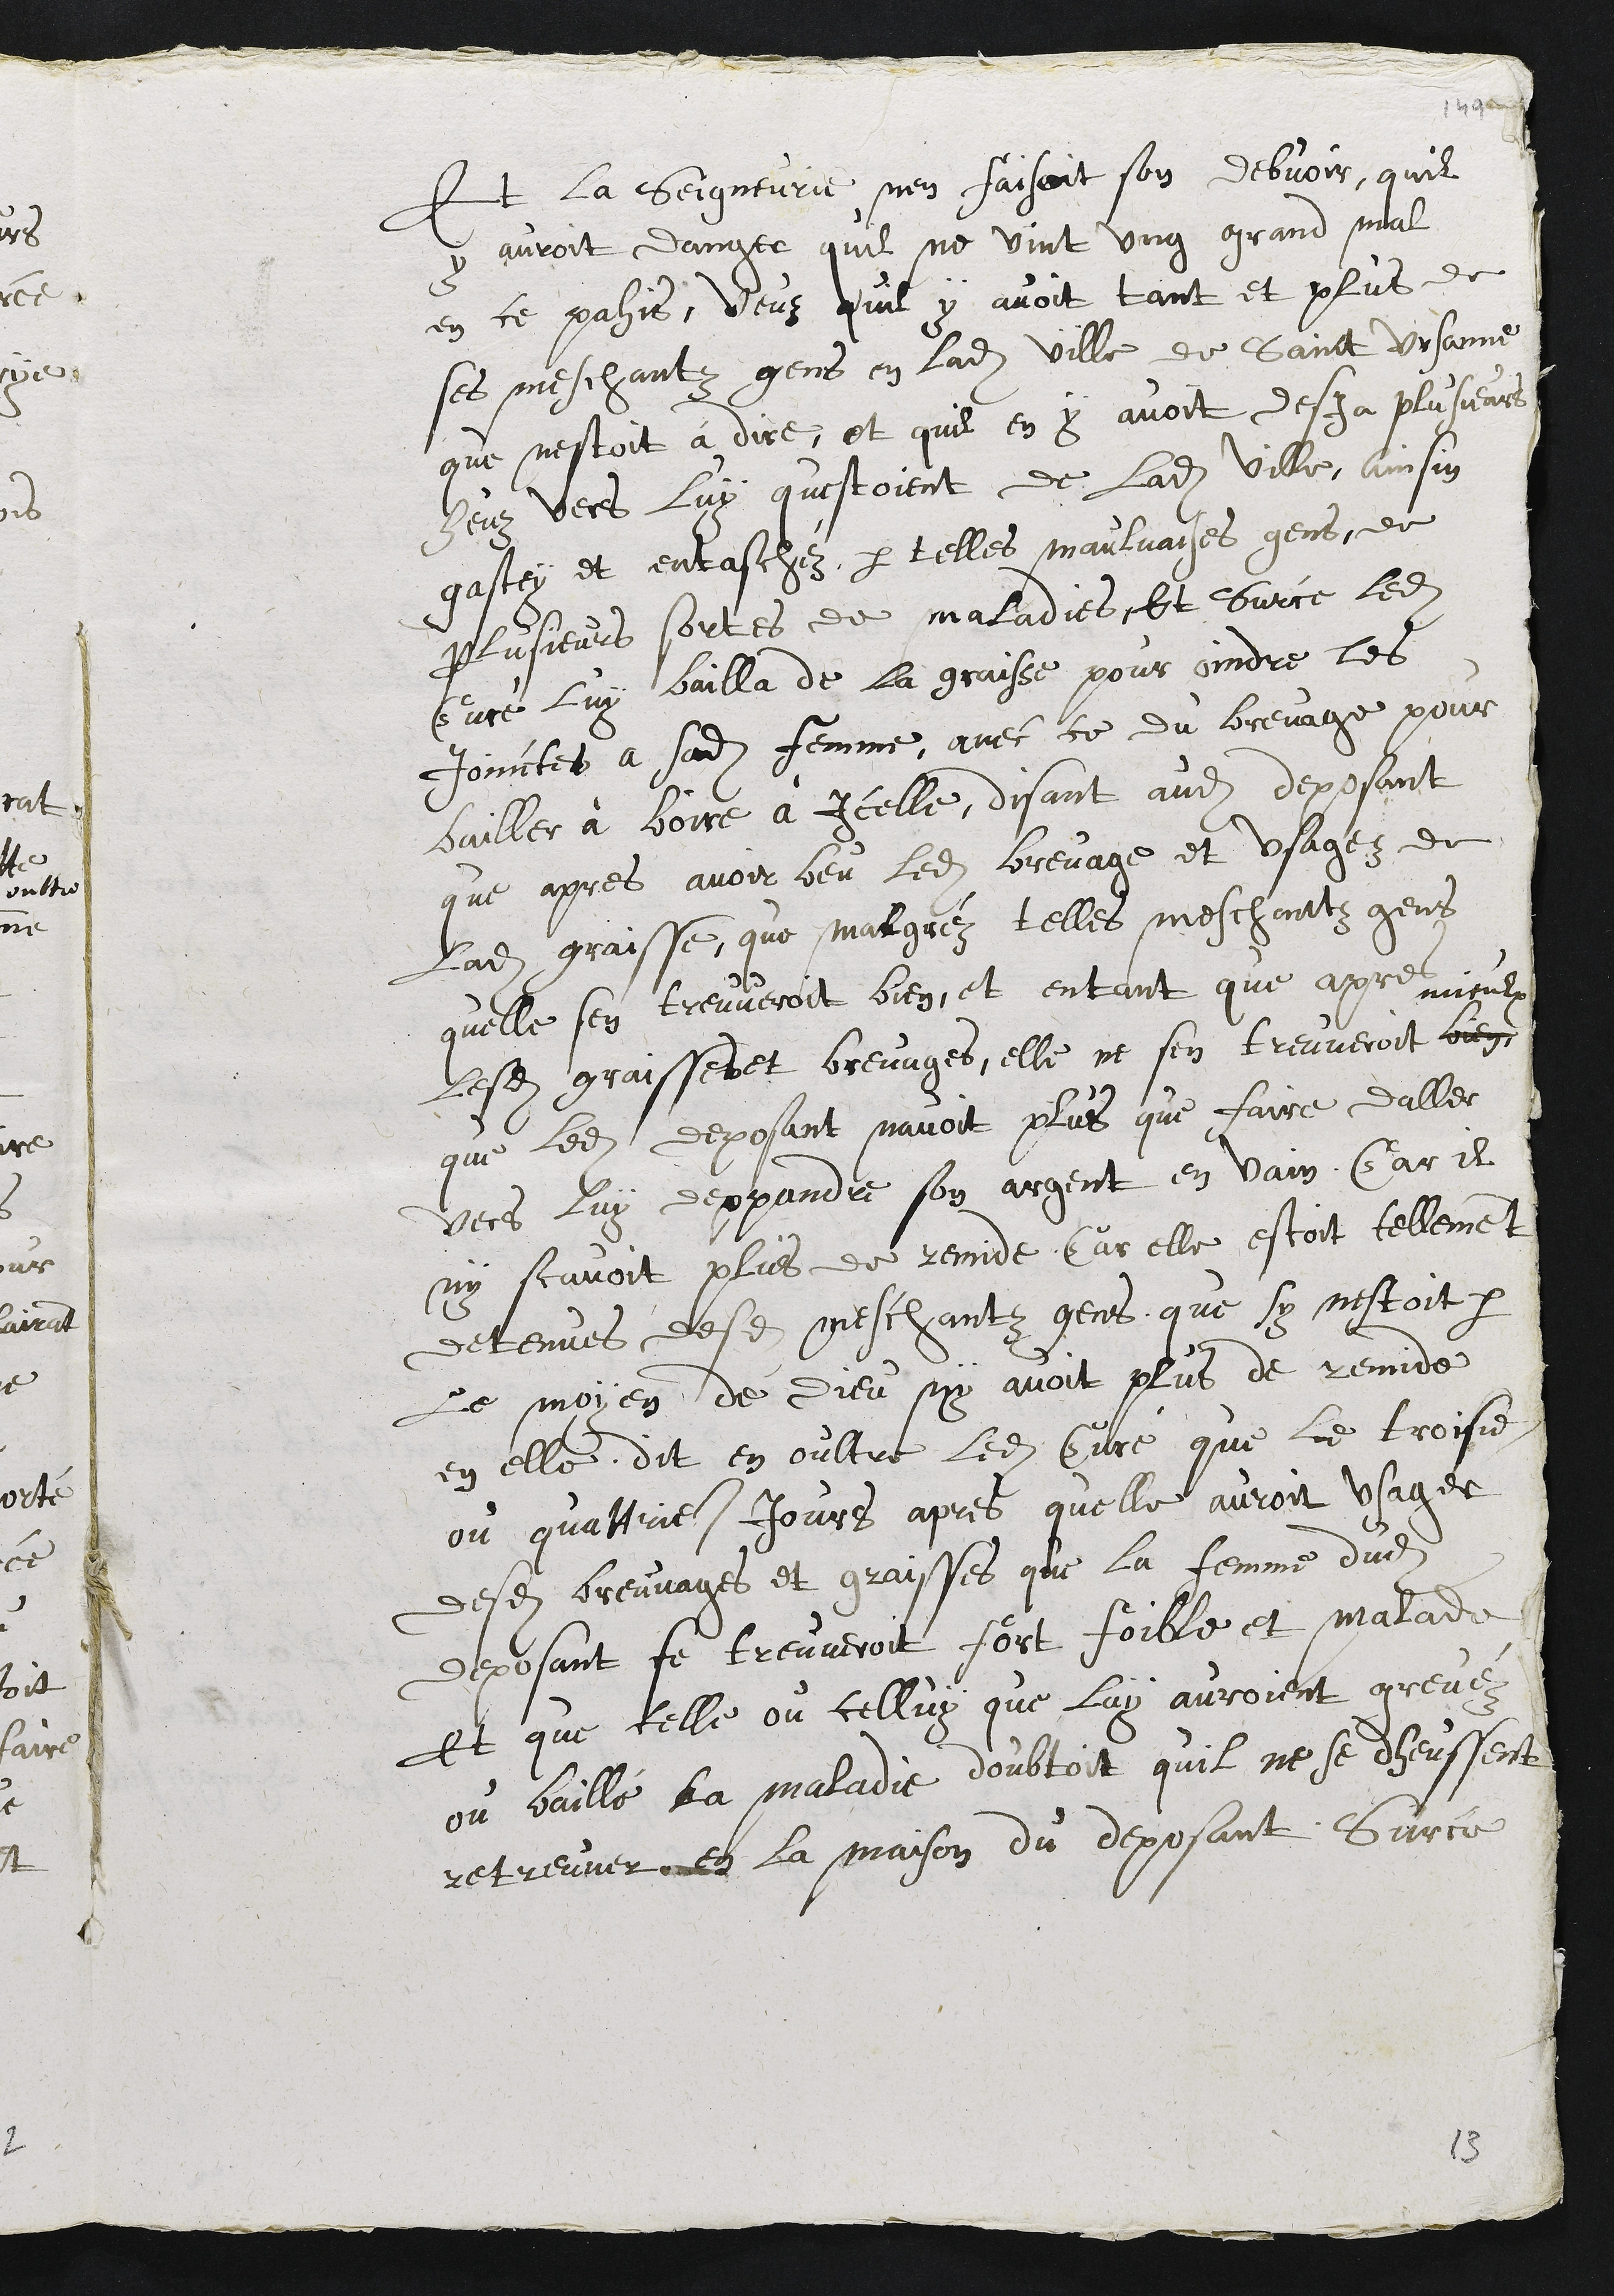
et la seigneurie n'en faisait san devoir, qu'il
y aurait danger qu'il ne vint un grand mal
en ce pays. Vu qu'il y avait -tant et plus de
ces méchantes gens en ladite ville de Sain-b-Ursanne
qu'il n'était à dire, et qu'il en y avait déjà plusieurs
heuz vers lui qui étaient de ladite ville, ainsi
gâtés et entachés par telles mauvaises gens de
plusieurs sortes de maladies. Et sur ce, ledit
curé lui bailla de la graisse pour oindre les
Jointes à sadite femme; avec ce, du breuvage pour
bailler à boire à icelle, disant audit déposant
qu'après avoir bu ledit breuvage et usé de
ladite graisse, que malgré de telles méchantes gens
qu'elle s'en trouverait bien; et en tant qu'après
lesdits breuvage et graisse, si elle ne s'en trouverait mieux,
que ledit déposant n'avait plus que faire d'aller
vers lui dépenser son argent en vain car il
ne savait plus de remède, car elle était tellsment
détenue desdites méchantes gens que si ce n'était par
le moyen dB Dieu, il n'y avait plus de remède
en elle. Dit en outre ledit curé que le troisième
ou quatrième jour après qu'elle aurait usé
desdits breuvage et graisse, que la femme dudit
déposant s'en trouverait fort faible et malade,
et que celle ou celui qui lui auraàt grevé
ou baillé la maladie doutait qu'il ne se dût
retrouver en la maison du déposant. Sur ce